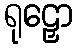
ရုဠှော